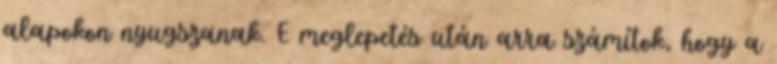
alapokon nyugszanak. E meglepetés után arra számítok, hogy a